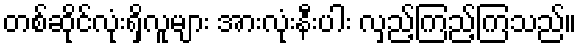
တစ်ဆိုင်လုံးရှိလူများ အားလုံးနီးပါး လှည့်ကြည့်ကြသည်။